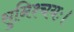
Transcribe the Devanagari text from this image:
सुनिश्चयः।